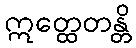
ဣတ္ထေတန္တိ